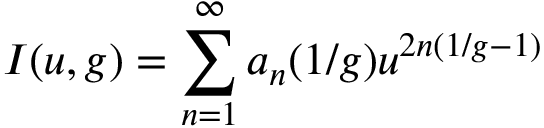
{ \cal I } ( u , g ) = \sum _ { n = 1 } ^ { \infty } a _ { n } ( 1 / g ) u ^ { 2 n ( 1 / g - 1 ) }